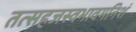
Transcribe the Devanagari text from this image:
तत्सहजस्वभावमनिशं